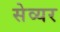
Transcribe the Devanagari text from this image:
सेव्यर